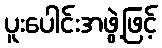
ပူးပေါင်းအဖွဲ့ဖြင့်